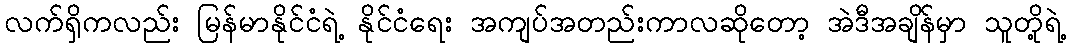
လက်ရှိကလည်း မြန်မာနိုင်ငံရဲ့ နိုင်ငံရေး အကျပ်အတည်းကာလဆိုတော့ အဲဒီအချိန်မှာ သူတို့ရဲ့